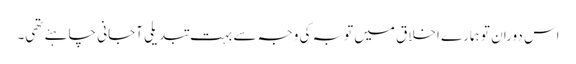
اس دوران تو ہمارے اخلاق میں توبہ کی وجہ سے بہت تبدیلی آجانی چاہئے تھی۔